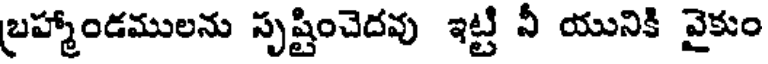
బ్రహ్మాండములను సృష్టించెదవు ఇట్టి నీ యునికి వైకుం